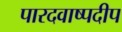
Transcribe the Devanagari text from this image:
पारदवाष्पदीप